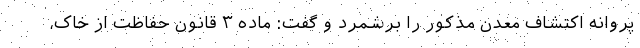
پروانه اکتشاف معدن مذکور را برشمرد و گفت: ماده ۳ قانون حفاظت از خاک،